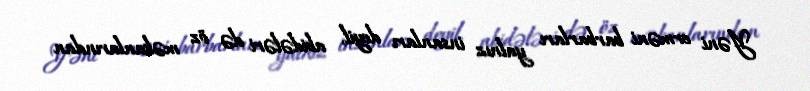
Yəni erməni barbarları yalnız insanları deyil, abidələri də öz məkanlarından